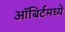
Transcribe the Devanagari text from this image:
ऑबिर्टमध्ये